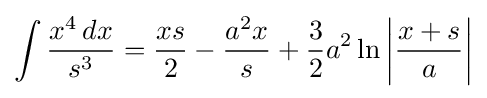
\int {\frac {x^{4}\,dx}{s^{3}}}={\frac {xs}{2}}-{\frac {a^{2}x}{s}}+{\frac {3}{2}}a^{2}\ln \left|{\frac {x+s}{a}}\right|